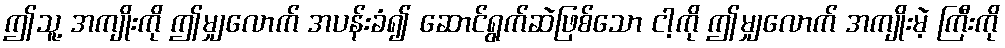
ဤသူ့ အကျိုးကို ဤမျှလောက် အပန်းခံ၍ ဆောင်ရွက်ဆဲဖြစ်သော ငါ့ကို ဤမျှလောက် အကျိုးမဲ့ ကြီးကို